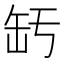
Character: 𦈣